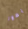
بصور